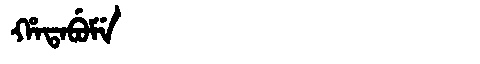
Manchu: ᡥᠠᡨᠠᠪᡠᠮᡝ
Romanization: HATABUME